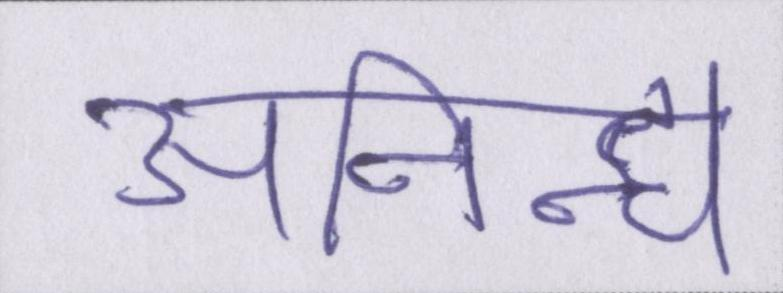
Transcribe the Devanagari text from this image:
अनिन्द्य